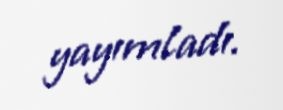
yayımladı.